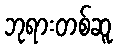
ဘုရားတစ်ဆူ